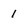
Character: 1